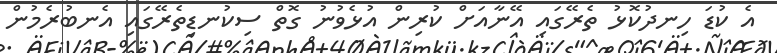
އެ ކުޑަ ހިނދުކޮޅު ތެރޭގައި އޭނާއަށް ކުރިން އުޅެވުނު ގޮތް ސިކުނޑިތެރޭގައި އެނބުރެމުން